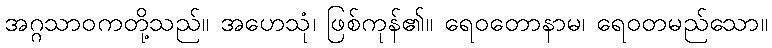
အဂ္ဂသာဝကတို့သည်။ အဟေသုံ၊ ဖြစ်ကုန်၏။ ရေဝတောနာမ၊ ရေဝတမည်သော။